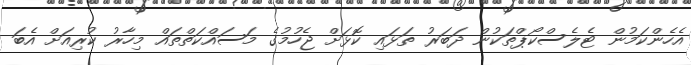
އެހެންކަމުން ޓެލެސްކޯޕްތަކުން ދަބަރު ތަޅައި ކޮޅަށް ޖެހުމުގެ މަސައްކަތްތައް މިހާރު ކުރިއަށް އެބަ